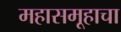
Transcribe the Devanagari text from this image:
महासमूहाचा